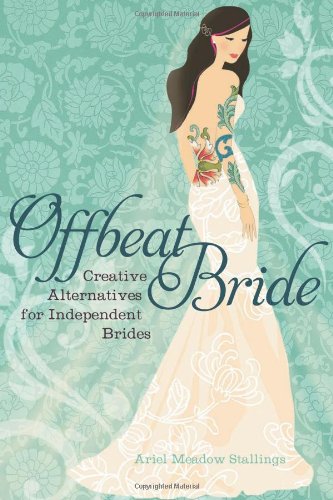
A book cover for Offbeat Bride: Creative Alternatives for Independent Brides; Ariel Meadow Stallings; Crafts, Hobbies & Home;